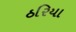
ઠરિયા